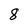
Character: 8